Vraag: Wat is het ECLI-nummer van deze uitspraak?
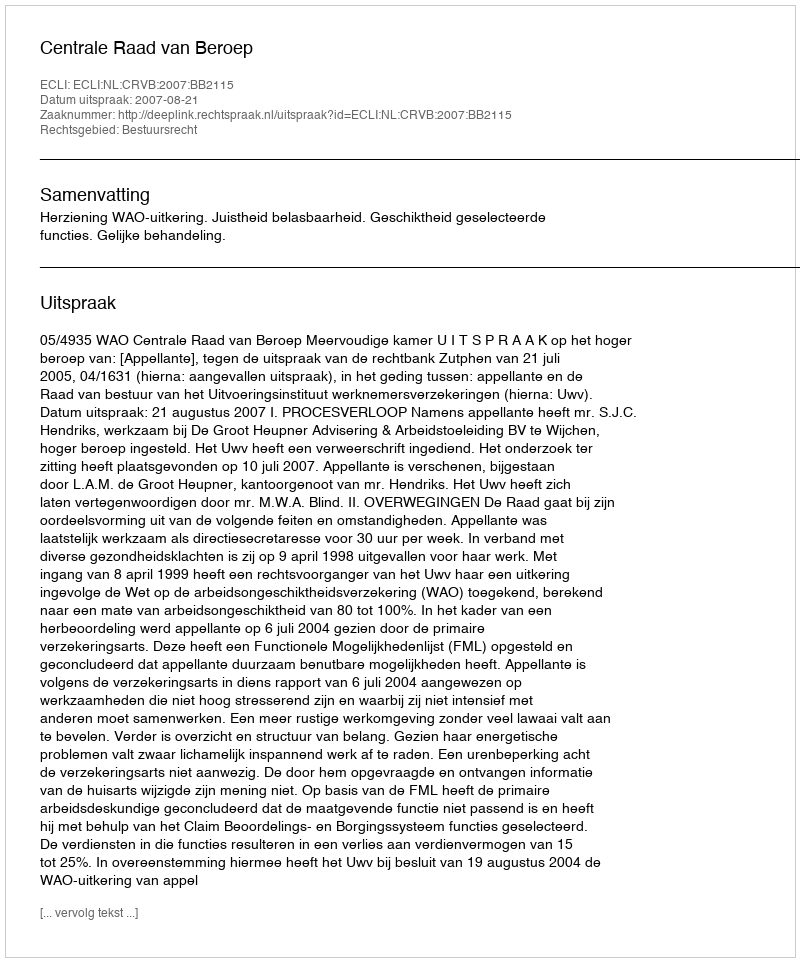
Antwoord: ECLI:NL:CRVB:2007:BB2115